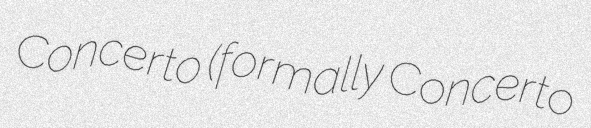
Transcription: Concerto (formally Concerto